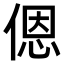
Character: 𫣆